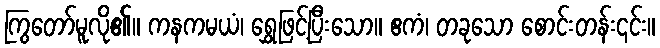
ကြွတော်မူလို၏။ ကနကမယံ၊ ရွှေဖြင့်ပြီးသော။ ဧကံ၊ တခုသော စောင်းတန်း၎င်း။